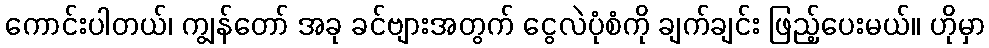
ကောင်းပါတယ်၊ ကျွန်တော် အခု ခင်ဗျားအတွက် ငွေလဲပုံစံကို ချက်ချင်း ဖြည့်ပေးမယ်။ ဟိုမှာ